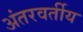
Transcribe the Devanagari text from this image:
अंतरवर्तीय